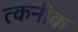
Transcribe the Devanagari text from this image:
त्कनीक